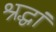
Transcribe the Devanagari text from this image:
श्रद्धां